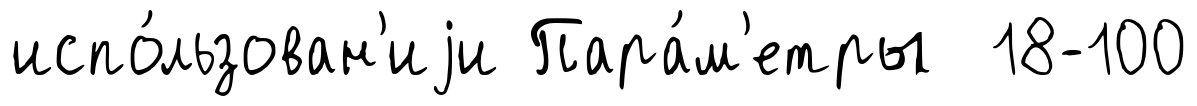
испо́льзован'иjи Пара́м'етры 18-100